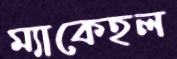
ম্যাকেহল